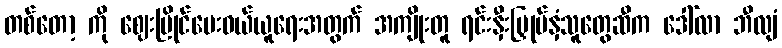
တစ်တော့ ကို ဈေးပြိုင်ပေးဝယ်ယူရေးအတွက် အကျိုးတူ ရင်းနှီးမြှုပ်နှံသူတွေဆီက ဒေါ်လာ ဘီလျံ